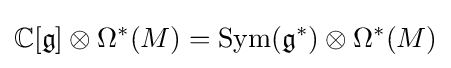
\mathbb {C} [{\mathfrak {g}}]\otimes \Omega ^{*}(M)=\operatorname {Sym} ({\mathfrak {g}}^{*})\otimes \Omega ^{*}(M)